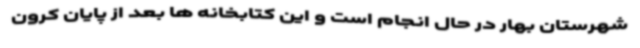
شهرستان بهار در حال انجام است و این کتابخانه ها بعد از پایان کرون